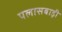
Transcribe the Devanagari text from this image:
पलासबाड़ी